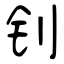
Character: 钊